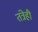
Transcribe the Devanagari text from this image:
तंत्रेही